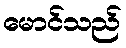
မောင်သည်